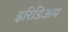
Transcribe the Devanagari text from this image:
इरिडिअम